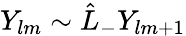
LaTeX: Y_{lm}\sim\hat{L}_{-}Y_{lm+1}